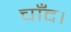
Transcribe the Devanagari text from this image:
चाँद।